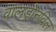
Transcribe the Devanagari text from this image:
वालड्रोनविल